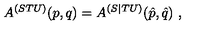
A ^ { ( S T U ) } ( p , q ) = A ^ { ( S | T U ) } ( \hat { p } , \hat { q } ) \ ,